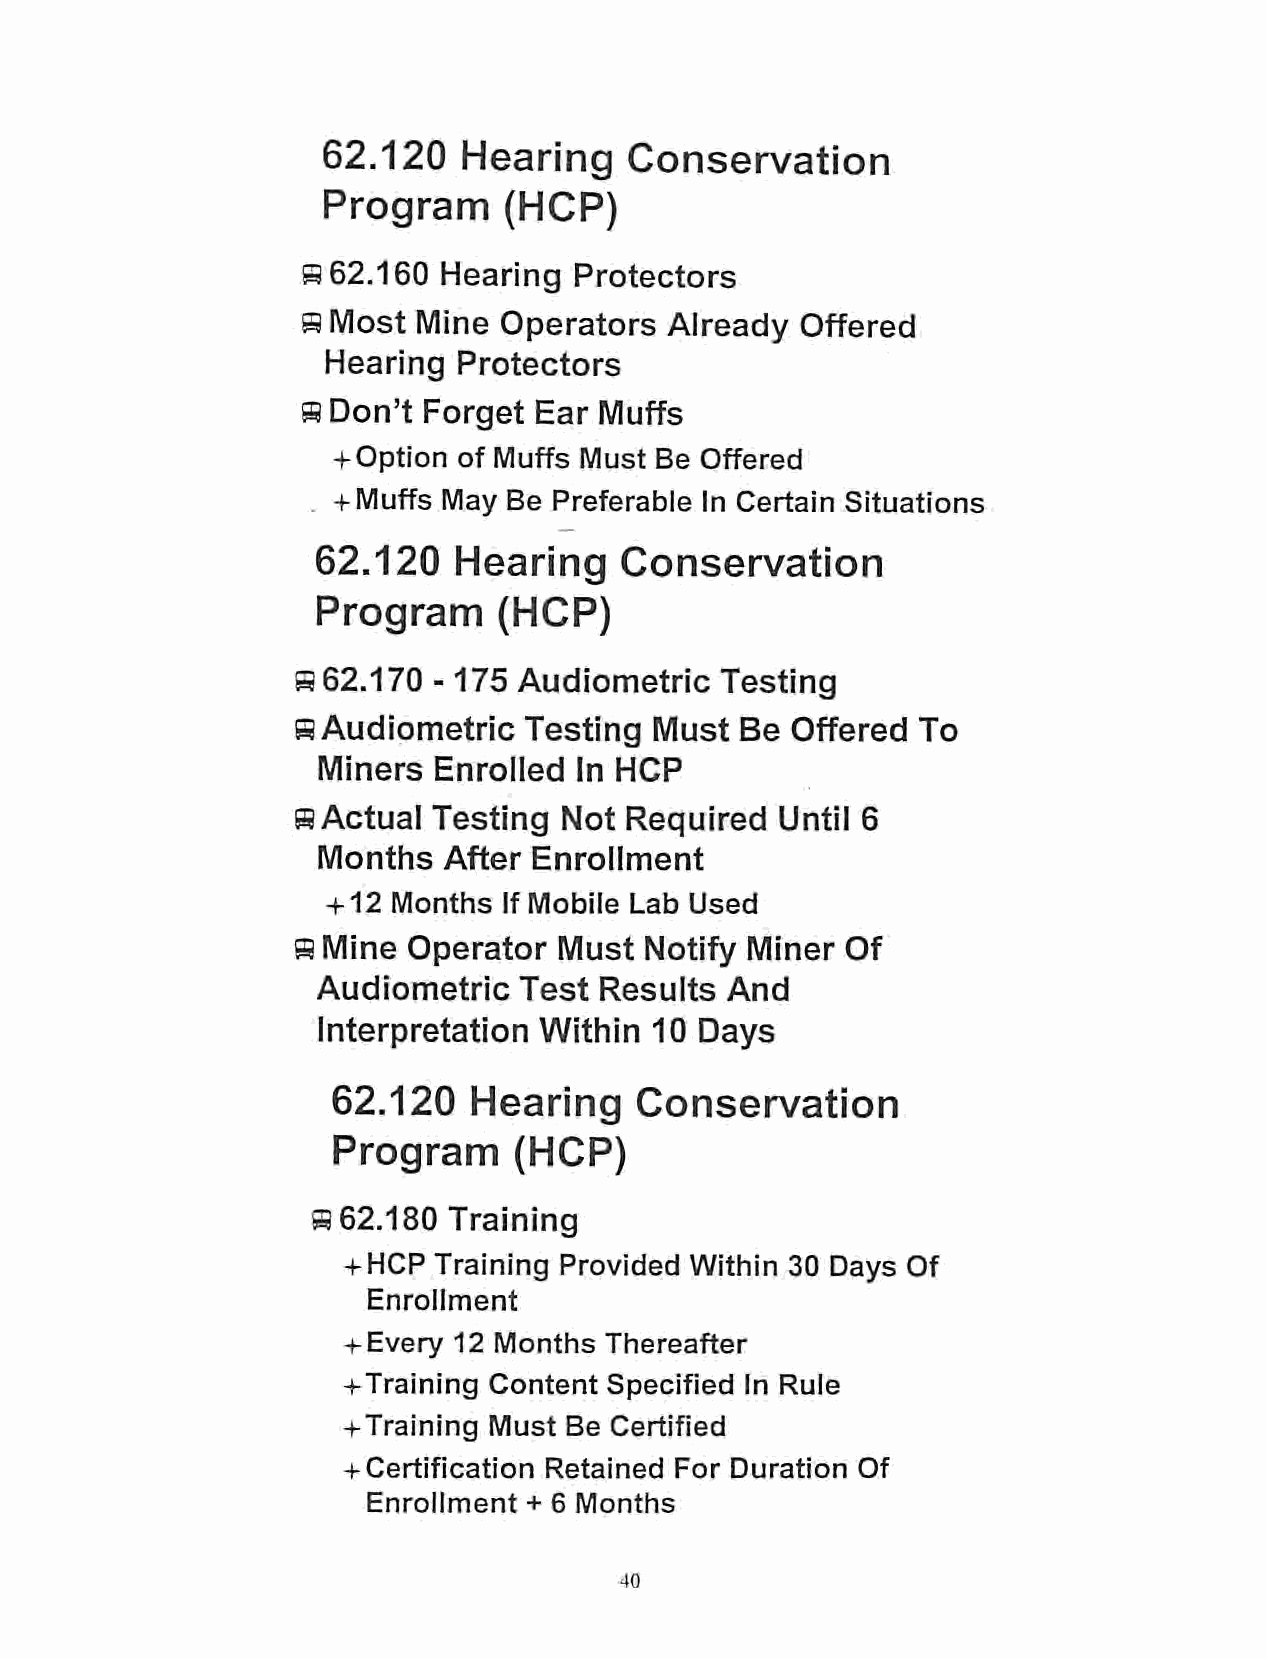
62.120    Hearing    Conservation
 Program     (HCP)
 9 62.160 Hearing  Protectors
 9 Most  Mine Operators  Already  Offered
 Hearing Protectors
 9 Don't Forget Ear  Muffs
 + Option of Muffs Must Be Offered
 . + Muffs May Be Preferable In Certain Situations
 62.120   Hearing    Conservation
 Program     (HCP)
 9 62.170 -175 Audiometric   Testing
 9 Audiometric  Testing Must  Be Offered  To
 Miners  Enrolled In HCP
 9 Actual  Testing Not Required   Until 6
 Months  After Enrollment
 + 12 Months If Mobile Lab Used
 9 Mine  Operator  Must  Notify Miner Of
 Audiometric  Test  Results And
 Interpretation Within 10 Days
 62.120   Hearing    Conservation
 Program     (HCP)
 9 62.180 Training
 +HCP  Training Provided Within 30 Days Of
 Enrollment
 + Every 12 Months Thereafter
 +Training Content Specified In Rule
 +Training Must Be Certified
 + Certification Retained For Duration Of
 Enrollment + 6 Months
 40